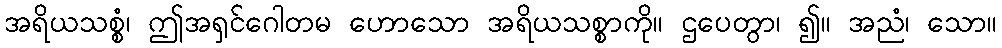
အရိယသစ္စံ၊ ဤအရှင်ဂေါတမ ဟောသော အရိယသစ္စာကို။ ဌပေတွာ၊ ၍။ အညံ၊ သော။